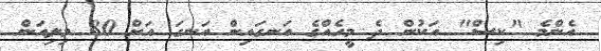
އެންމެ "ކިސް" އަކުން ދެ މީހެއްގެ އަނގައިން އަނގަ އަށް 80 މިލިއަން